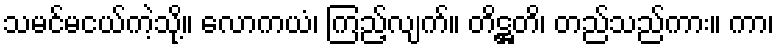
သမင်မငယ်ကဲ့သို့။ လောကယံ၊ ကြည့်လျက်။ တိဋ္ဌတိ၊ တည်သည်ကား။ ကာ၊